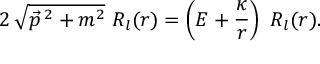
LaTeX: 2 \, \sqrt { \vec { p } \, ^ { 2 } + m ^ { 2 } } \ R _ { l } ( r ) = \left( E + \frac { \kappa } { r } \right) \ R _ { l } ( r ) .